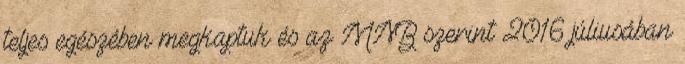
teljes egészében megkaptuk és az MNB szerint 2016 júliusában